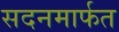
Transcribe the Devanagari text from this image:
सदनमार्फत